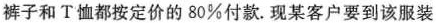
裤子和T恤都按定价的80%付款。现某客户要到该服装